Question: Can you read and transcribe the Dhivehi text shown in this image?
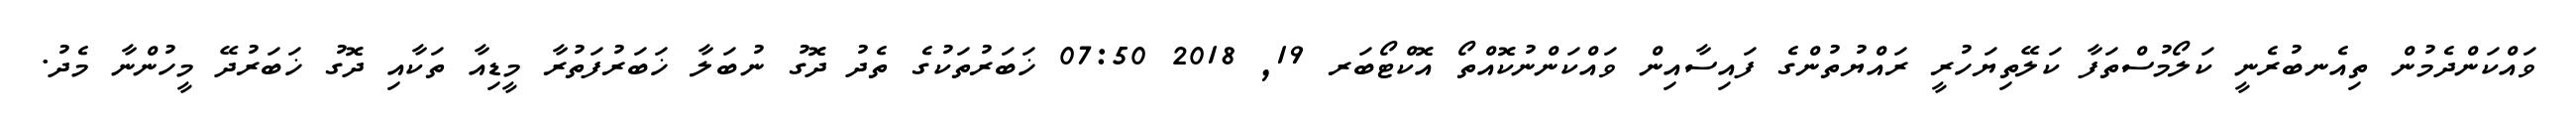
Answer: ވައްކަންދެމުން ތިއެނބުރެނީ ކަލޯމުސްތަފާ ކަލޭތިޔަހުރީ ރައްޔުތުންގެ ފައިސާއިން ވައްކަންނުކޮއްތޯ އޮކްޓޯބަރ 19, 2018 07:50 ޚަބަރުތަކުގެ ތެދު ދޮގު ނުބަލާ ޚަބަރުފަތުރާ މީޑިއާ ތަކާއި ދޮގު ޚަބަރުދޭ މީހުންނާ މެދު.